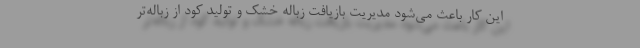
این کار باعث می‌شود مدیریت بازیافت زباله خشک و تولید کود از زباله‌تر